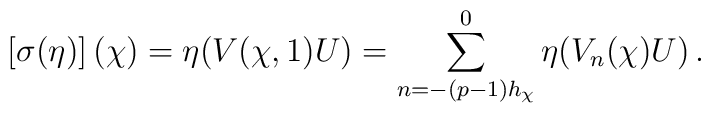
\left[\sigma(\eta)\right] (\chi) = \eta(V(\chi,1)U) = \sum_{n = -(p-1)h_\chi}^0 \eta (V_n(\chi) U)\,.